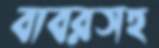
বাবরসহ